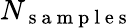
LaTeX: N_{\mathrm{~s~a~m~p~l~e~s~}}